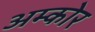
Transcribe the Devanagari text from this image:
अम्कोर